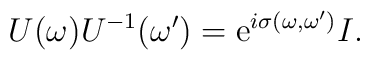
U(\omega)U^{-1}(\omega^\prime)=  \mbox{e}^{i\sigma(\omega,\omega^\prime)} I.